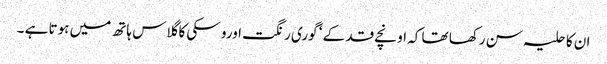
ان کا حلیہ سن رکھا تھا کہ اونچے قد کے ‘ گوری رنگت اورو سکی کا گلاس ہاتھ میں ہوتا ہے ۔